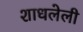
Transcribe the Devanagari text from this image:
शाधलेली